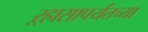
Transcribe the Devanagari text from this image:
ऱ्हासापर्यंतच्या